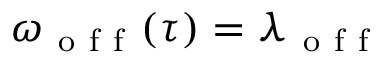
\omega _ { \mathrm { ~ o ~ f ~ f ~ } } ( \tau ) = \lambda _ { \mathrm { ~ o ~ f ~ f ~ } }